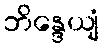
ဘိန္ဒေယျံ